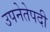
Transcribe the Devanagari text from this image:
उपनेतेपदी